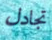
تجادل